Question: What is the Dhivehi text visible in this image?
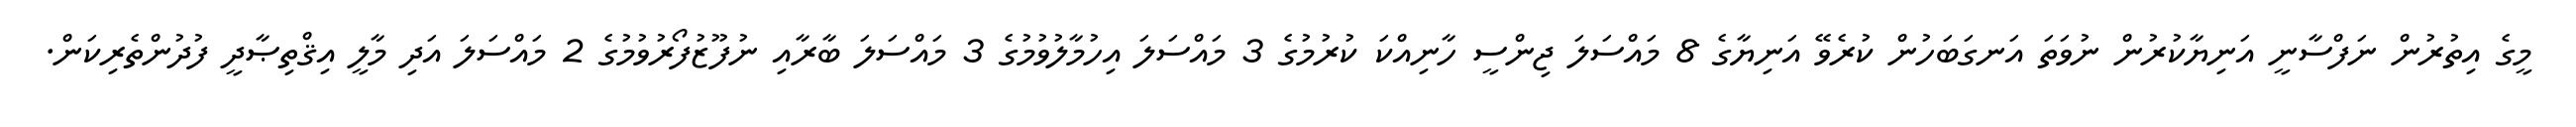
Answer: މީގެ އިތުރުން ނަފްސާނީ އަނިޔާކުރުން ނުވަތަ އަނގަބަހުން ކުރެވޭ އަނިޔާގެ 8 މައްސަލަ ޖިންސީ ހާނިއްކަ ކުރުމުގެ 3 މައްސަލަ އިހުމާލުވުމުގެ 3 މައްސަލަ ބާރާއި ނުފޫޒުފޯރުވުމުގެ 2 މައްސަލަ އަދި މާލީ އިޤްތިޞާދީ ފުދުންތެރިކަން.